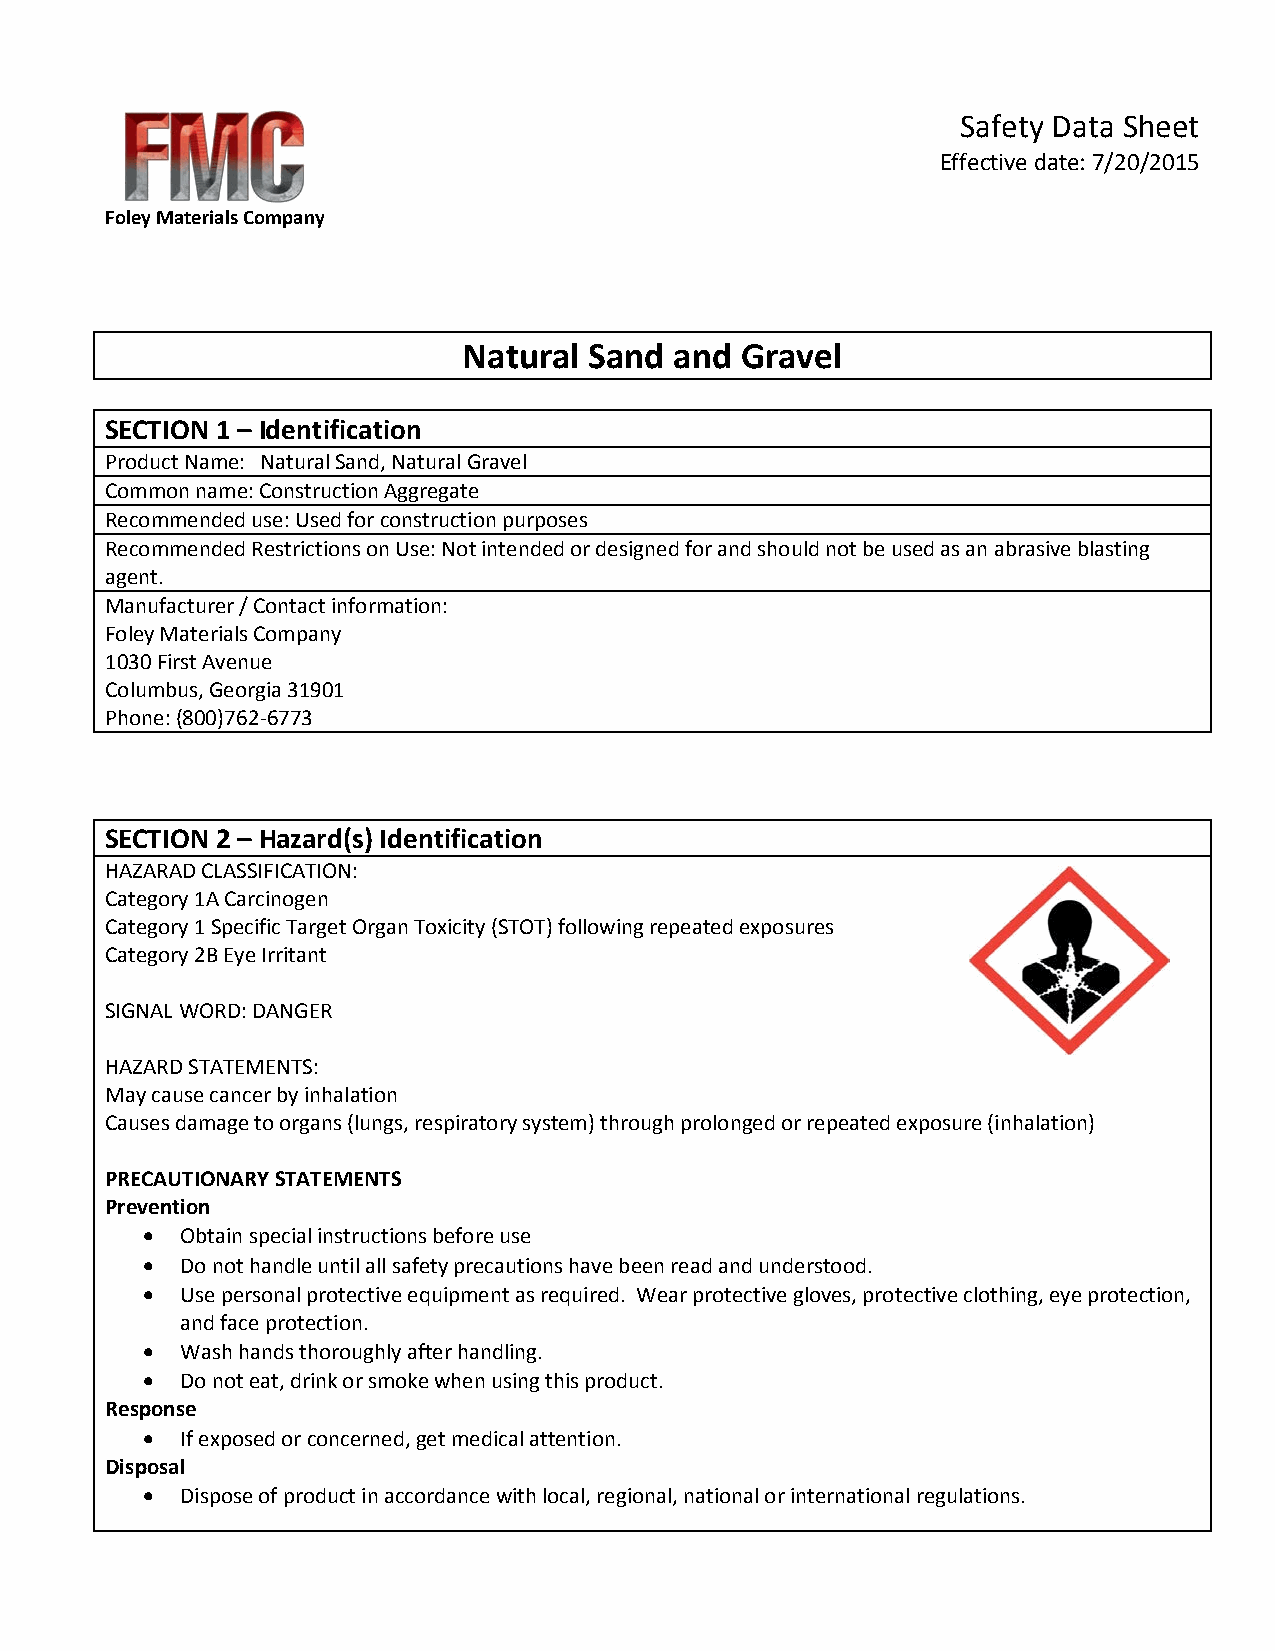
Safety Data Sheet
 Effective date: 7/20/2015
 Foley Materials Company
 Natural Sand  and Gravel
 SECTION 1 – Identification
 Product Name: Natural Sand, Natural Gravel
 Common name: Construction Aggregate
 Recommended use: Used for construction purposes
 Recommended Restrictions on Use: Not intended or designed for and should not be used as an abrasive blasting
 agent.
 Manufacturer / Contact information:
 Foley Materials Company
 1030 First Avenue
 Columbus, Georgia 31901
 Phone: (800)762-6773
 SECTION 2 – Hazard(s) Identification
 HAZARAD CLASSIFICATION:
 Category 1A Carcinogen
 Category 1 Specific Target Organ Toxicity (STOT) following repeated exposures
 Category 2B Eye Irritant
 SIGNAL WORD: DANGER
 HAZARD STATEMENTS:
 May cause cancer by inhalation
 Causes damage to organs (lungs, respiratory system) through prolonged or repeated exposure (inhalation)
 PRECAUTIONARY STATEMENTS
 Prevention
 •  Obtain special instructions before use
 •  Do not handle until all safety precautions have been read and understood.
 •  Use personal protective equipment as required. Wear protective gloves, protective clothing, eye protection,
 and face protection.
 •  Wash hands thoroughly after handling.
 •  Do not eat, drink or smoke when using this product.
 Response
 •  If exposed or concerned, get medical attention.
 Disposal
 •  Dispose of product in accordance with local, regional, national or international regulations.